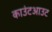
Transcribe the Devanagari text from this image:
काउंटआउट